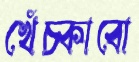
খেঁচ্‌কাবো